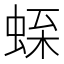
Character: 𧋝